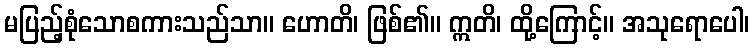
မပြည့်စုံသောစကားသည်သာ။ ဟောတိ၊ ဖြစ်၏။ ဣတိ၊ ထို့ကြောင့်။ အသုရောပေါ၊